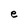
Character: e